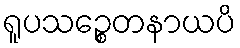
ရူပသဉ္စေတနာယပိ